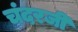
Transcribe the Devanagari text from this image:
चंदरजी